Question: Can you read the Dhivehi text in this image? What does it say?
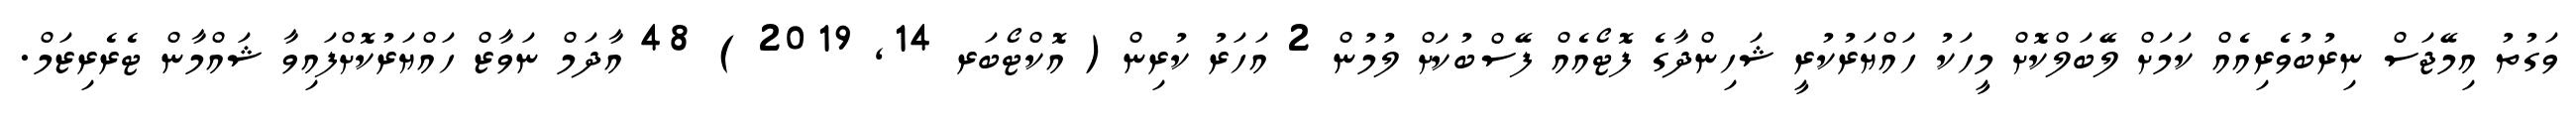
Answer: ވަގުތު އިމޭޖަސް ނިރުބުވެރިއެއް ކަމަށް ލޭބަލްކޮށް މީހަކު ހައްޔަރުކުރީ ޝަހިންދާގެ ފޮޓޯއެއް ފޭސްބުކަށް ލުމުން 2 އަހަރު ކުރިން ( އޮކްޓޯބަރ 14, 2019 ) 48 އާދަމް ނަވާޒް ހައްޔަރުކޮށްފައިވާ ޝައްމާން ޓެރެރިޒަމް.